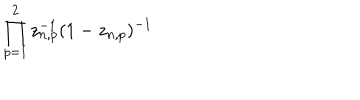
LaTeX: \prod _ { p = 1 } ^ { 2 } z _ { n , p } ^ { - 1 } ( 1 - z _ { n , p } ) ^ { - 1 }